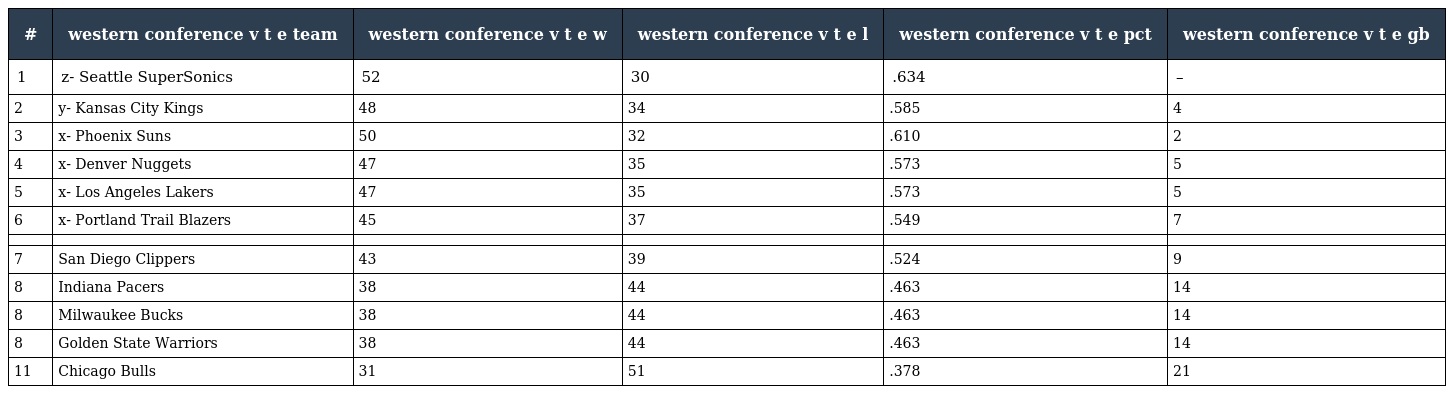
| # | western conference v t e team | western conference v t e w | western conference v t e l | western conference v t e pct | western conference v t e gb |
 | --- | --- | --- | --- | --- | --- |
 | 1 | z- Seattle SuperSonics | 52 | 30 | .634 | – |
 | 2 | y- Kansas City Kings | 48 | 34 | .585 | 4 |
 | 3 | x- Phoenix Suns | 50 | 32 | .610 | 2 |
 | 4 | x- Denver Nuggets | 47 | 35 | .573 | 5 |
 | 5 | x- Los Angeles Lakers | 47 | 35 | .573 | 5 |
 | 6 | x- Portland Trail Blazers | 45 | 37 | .549 | 7 |
 |  |  |  |  |  |  |
 | 7 | San Diego Clippers | 43 | 39 | .524 | 9 |
 | 8 | Indiana Pacers | 38 | 44 | .463 | 14 |
 | 8 | Milwaukee Bucks | 38 | 44 | .463 | 14 |
 | 8 | Golden State Warriors | 38 | 44 | .463 | 14 |
 | 11 | Chicago Bulls | 31 | 51 | .378 | 21 |